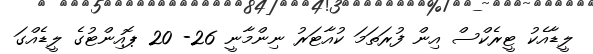
ލީޑާއެކު ޓީރެކްސް އިން ފުރަތަމަ ކުއާޓަރު ނިންމާނީ 26- 20 ޕޮއިންޓުގެ ލީޑެއްގަ